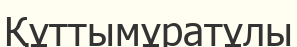
Құттымұратұлы